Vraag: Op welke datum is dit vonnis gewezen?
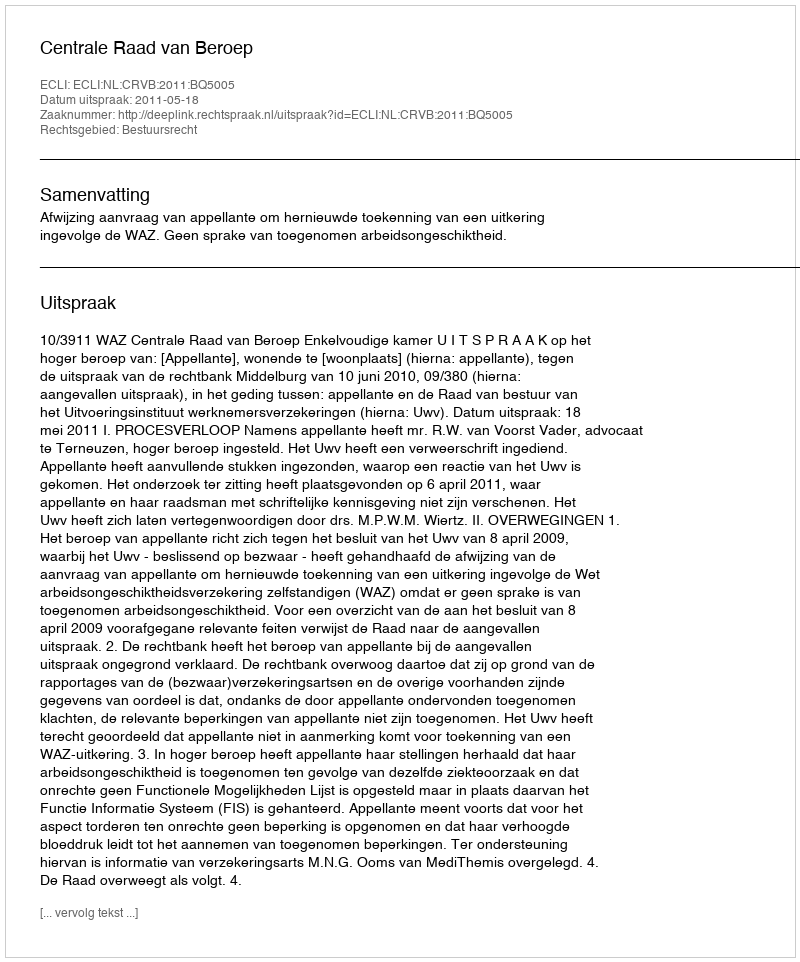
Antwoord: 2011-05-18